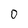
Character: 0